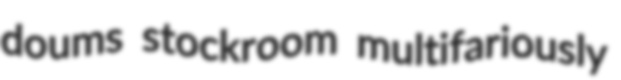
doums stockroom multifariously